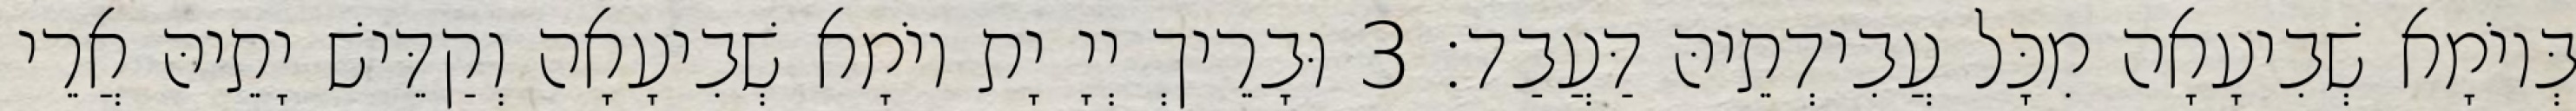
בְּיוֹמָא שְׁבִיעָאָה מִכָּל עֲבִידְתֵיהּ דַּעֲבַד׃ 3 וּבָרֵיךְ יְיָ יָת יוֹמָא שְׁבִיעָאָה וְקַדֵּישׁ יָתֵיהּ אֲרֵי